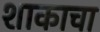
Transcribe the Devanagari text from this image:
शाकाचा